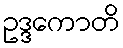
ဥဒ္ဒကောတိ